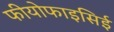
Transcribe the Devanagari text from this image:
फीयोफाइसिई